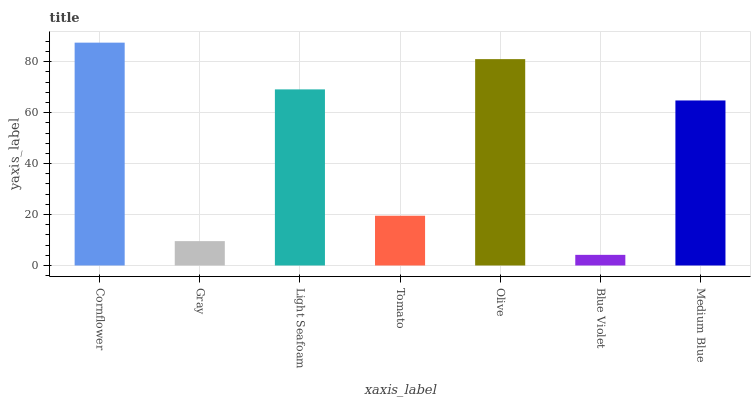
| xaxis_label | bars |
 | --- | --- |
 | Cornflower | 87.5 |
 | Gray | 9.57 |
 | Light Seafoam | 69.1 |
 | Tomato | 19.5 |
 | Olive | 81 |
 | Blue Violet | 4.18 |
 | Medium Blue | 64.8 |